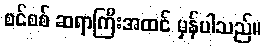
စင်စစ် ဆရာကြီးအထင် မှန်ပါသည်။